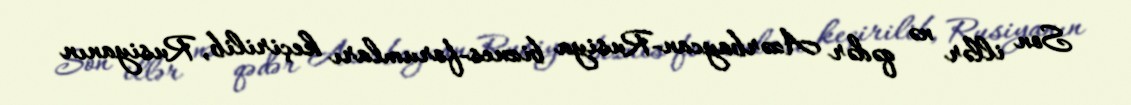
Son illər nə qədər Azərbaycan-Rusiya biznes-forumları keçirilib, Rusiyanın